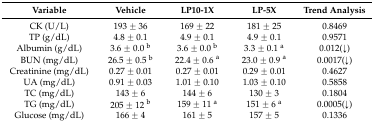
| Variable | Vehicle | LP10-1X | LP-5X | Trend Analysis |
 | --- | --- | --- | --- | --- |
 | CK (U/L) | 193 ± 36 | 169 ± 22 | 181 ± 25 | 0.8469 |
 | TP (g/dL) | 4.8 ± 0.1 | 4.9 ± 0.1 | 4.9 ± 0.1 | 0.9571 |
 | Albumin (g/dL) | 3.6 ± 0.0 b | 3.6 ± 0.0 b | 3.3 ± 0.1 a | 0.012(↓) |
 | BUN (mg/dL) | 26.5 ± 0.5 b | 22.4 ± 0.6 a | 23.0 ± 0.9 a | 0.0017(↓) |
 | Creatinine (mg/dL) | 0.27 ± 0.01 | 0.27 ± 0.01 | 0.29 ± 0.01 | 0.4627 |
 | UA (mg/dL) | 0.91 ± 0.03 | 1.01 ± 0.10 | 1.03 ± 0.10 | 0.5858 |
 | TC (mg/dL) | 143 ± 6 | 144 ± 6 | 130 ± 3 | 0.1804 |
 | TG (mg/dL) | 205 ± 12 b | 159 ± 11 a | 151 ± 6 a | 0.0005(↓) |
 | Glucose (mg/dL) | 166 ± 4 | 161 ± 5 | 157 ± 5 | 0.1336 |